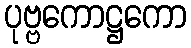
ပုဗ္ဗကောဋ္ဌကော